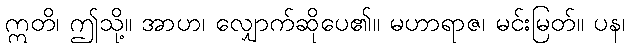
ဣတိ၊ ဤသို့။ အာဟ၊ လျှောက်ဆိုပေ၏။ မဟာရာဇ၊ မင်းမြတ်။ ပန၊